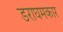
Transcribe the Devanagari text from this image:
डराघमकार